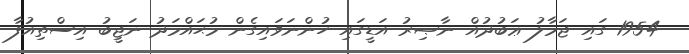
1954 ގައި ޖަމާލު ޢަބުދުއް ނާޞިރު އަޑީގައި ހުންނަވައިގެން މުޙައްމަދު ނަޖީބު އިސްތިއުފާ